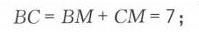
\(BC = BM + CM = 7\);